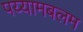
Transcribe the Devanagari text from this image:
पय्यामबलम